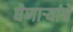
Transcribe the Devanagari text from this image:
घेणाऱ्यांचे